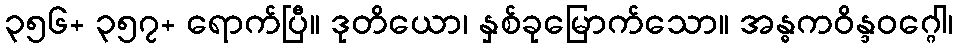
၃၅၆+ ၃၅၇+ ရောက်ပြီ။ ဒုတိယော၊ နှစ်ခုမြောက်သော။ အန္ဓကဝိန္ဒဝဂ္ဂေါ၊